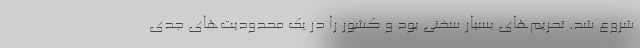
شروع شد. تحریم‌های بسیار سختی بود و کشور را در یک محدودیت‌های جدی